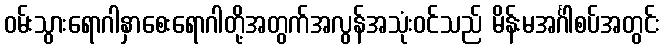
ဝမ်းသွားရောဂါနှာစေးရောဂါတို့အတွက်အလွန်အသုံးဝင်သည် မိန်းမအင်္ဂါစပ်အတွင်း